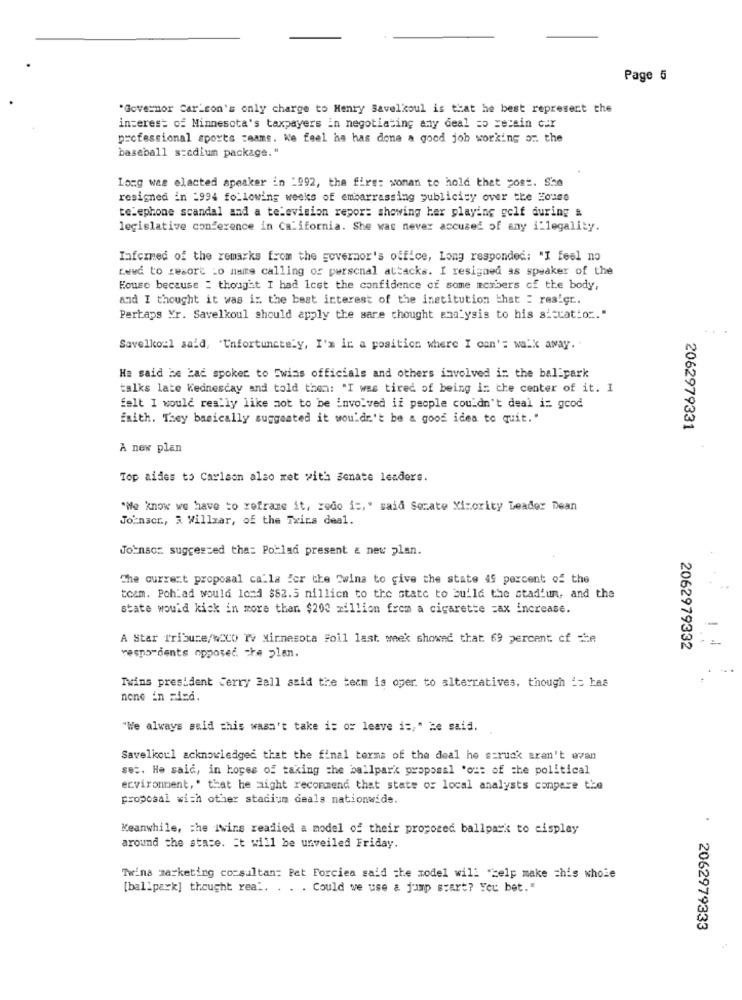
Page 5
"Governor Carlson's only charge to Henry Savelkoul is that he best represent the
interest of Minnesota's taxpayers in negotiating any deal =o zerain car
professional sports teams. We feel he has done a good job working or the
baseball stadium package."
Long was elected speaker in _992, the firs: woman to hold that post. She
resigned in 1994 following weeks of embarrassing publicity over the House
telephone scandal and a television repor: showing her playing golf during &
legislative conference in California. She was never accused of any illegality.
Informed of the remarks from the governor's office, Long responded: "I feel no
Lewd to resort to name calling of personal attacks. I resigned as speaker of the
House because : thought I had lost the confidence cf some members of the body,
and I thought it was i: the best interest of the institution that = resigr ..
Pertaps Yr. Savelkoul should apply the sare thought analysis to his sistation."
Savelkoul said, "Unfortunately, I'm in a position where I can': walk away ..
He said be bad spoker to Twins officials and others involved in the ballpark
talks late Wednesday and told them: "I was tired of being in the center of it. I
felt I would really like mot to be involved if people couldn't deal i: good
faith. They basically suggested it wouldn't be a good idea to quit."
2062979331
A new plan
Top aides to Carlson also met with Senate leaders.
"We know we have to reframe it, redo is," said Secate Yizority Leader Dean
Joinscr ., 3 Willzar, of the Trics deal.
Joinsor suggested tha: Porlad present & new plan.
The current proposal calla for the "wina to give the state 49 percent of the
toem. Poh:ad would lond $82.5 million to the state to build the stad'un, and the
state would kick in more than $200 million from a cigarette =ax increase.
A Star Tribune/wcco ry Minnesota Foil last week showed that. 69 percent of =e
2062979332
respondents opposed the plan.
Twins president Jerry Bell said the team is oper to alterratives, though i= bas
nene in rizd.
"We always said this wasn't take it or leave is," he said.
Savelkoul acknowledged that the final terms of the deal he struck aren't evan
set. He said, in hopes of taking the ballpark proposal 'out of the political
ervironment," that he might recommend that state of local analysts conpere the
proposal with other stadium deals nationwide.
Keanwhile, che Iwins readied a model of their proposed ballpark to cisplay
around the state. It will be unveiled Friday.
Twins marketing consultan: Pat Forciea said the model will "help make this whole
[ballpark] thought real. . . . Could we use a jump start? You bet."
2062979333